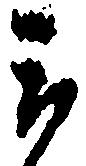
郎